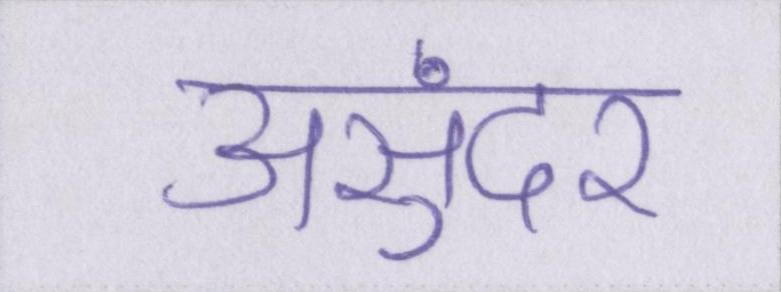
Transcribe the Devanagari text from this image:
असुंदर